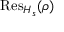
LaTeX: { \mathrm { R e s } } _ { H _ { s } } ( \rho )